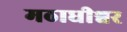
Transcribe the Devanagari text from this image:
मठाधीश्वर